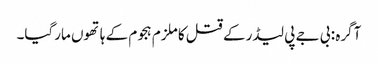
آگرہ : بی جے پی لیڈر کے قتل کا ملزم ہجوم کے ہاتھوں مارگیا۔